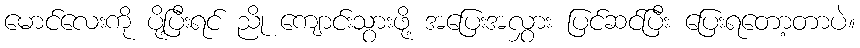
မောင်လေးကို ပို့ပြီးရင် ညို ကျောင်းသွားဖို့ အပြေးအလွှား ပြင်ဆင်ပြီး ပြေးရတော့တာပဲ။